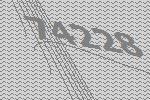
74228